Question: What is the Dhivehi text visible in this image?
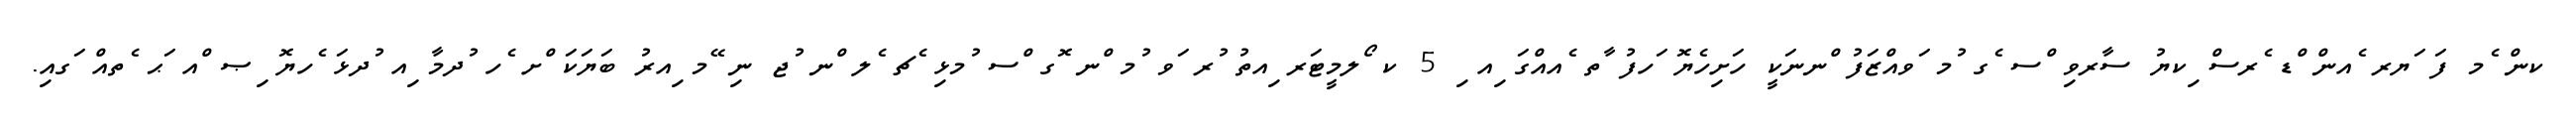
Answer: ކން ެމ ފަ ަޔރ ެއން ްޑ ެރސް ިކޔު ސާރވި ްސ ެގ ުމ ަވއްޒަފު ްނނަކީ ހަށިހެޔޮ ަހފު ާތ ެއއްގަ ިއ ި 5 ކ ޯލމީޓަރ ިއތު ުރ ަވ ުމ ްނ ޮގ ްސ ުމޅި ެޗ ެލ ްނ ުޖ ނި ޭމ ިއރު ބަޔަކަ ްށ ެހ ުދމާ ިއ ުދޅަ ެހޔޮ ިޞ ްއ ަޙ ެތއް ަގއި.